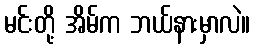
မင်းတို့ အိမ်က ဘယ်နားမှာလဲ။